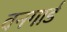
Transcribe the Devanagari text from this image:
वनगार्ड